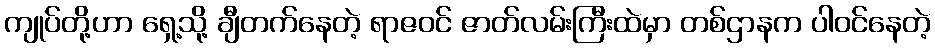
ကျုပ်တို့ဟာ ရှေ့သို့ ချီတက်နေတဲ့ ရာဇဝင် ဇာတ်လမ်းကြီးထဲမှာ တစ်ဌာနက ပါဝင်နေတဲ့